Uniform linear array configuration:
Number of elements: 64
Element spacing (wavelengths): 1
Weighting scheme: kaiser
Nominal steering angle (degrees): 45
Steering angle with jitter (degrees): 44.464
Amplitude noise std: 0.05
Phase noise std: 0.05

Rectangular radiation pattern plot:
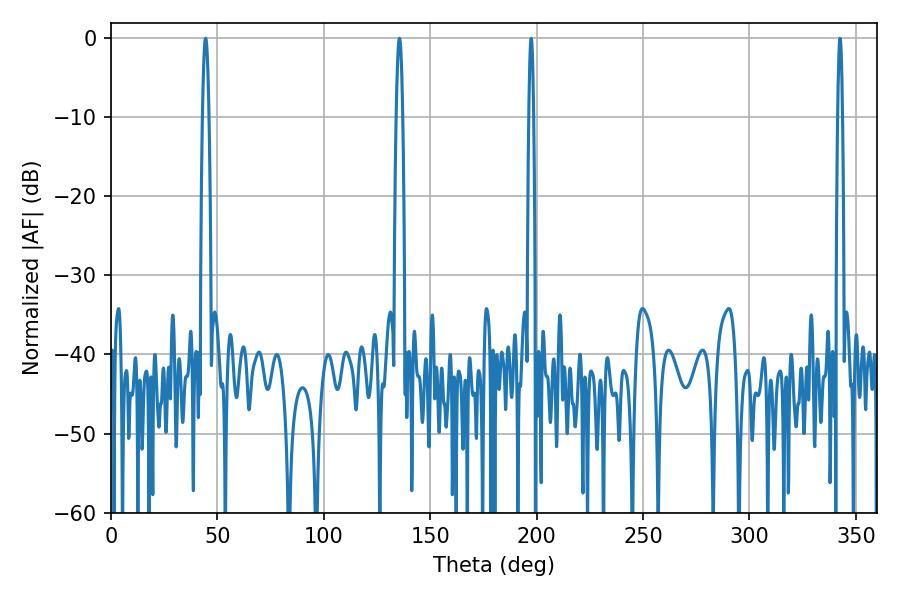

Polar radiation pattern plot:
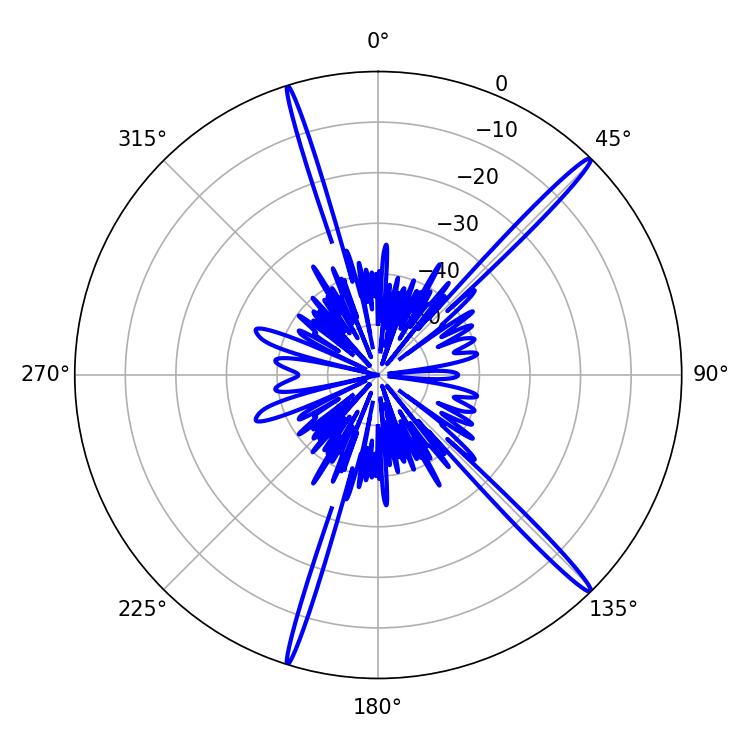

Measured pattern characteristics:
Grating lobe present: TRUE
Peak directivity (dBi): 18.11
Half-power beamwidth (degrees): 1.44
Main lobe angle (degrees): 44.46